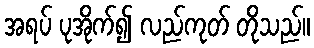
အရပ် ပုအိုက်၍ လည်ကုတ် တိုသည်။